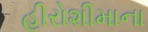
હીરોશીમાના